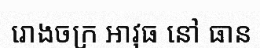
រោងចក្រ អាវុធ នៅ ធាន